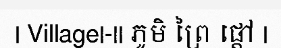
| Village|-|| ភូមិ ព្រៃ ផ្តៅ |